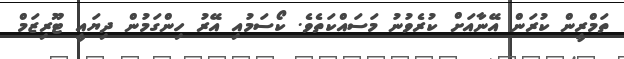
ތަމްރީން ކުރަން އޭނާއަށް ކުރެވުނު މަސައްކަތެވެ. ކޯސަމުއި އޭރު ހިންގަމުން ދިޔައީ ޓޫރިޒަމް